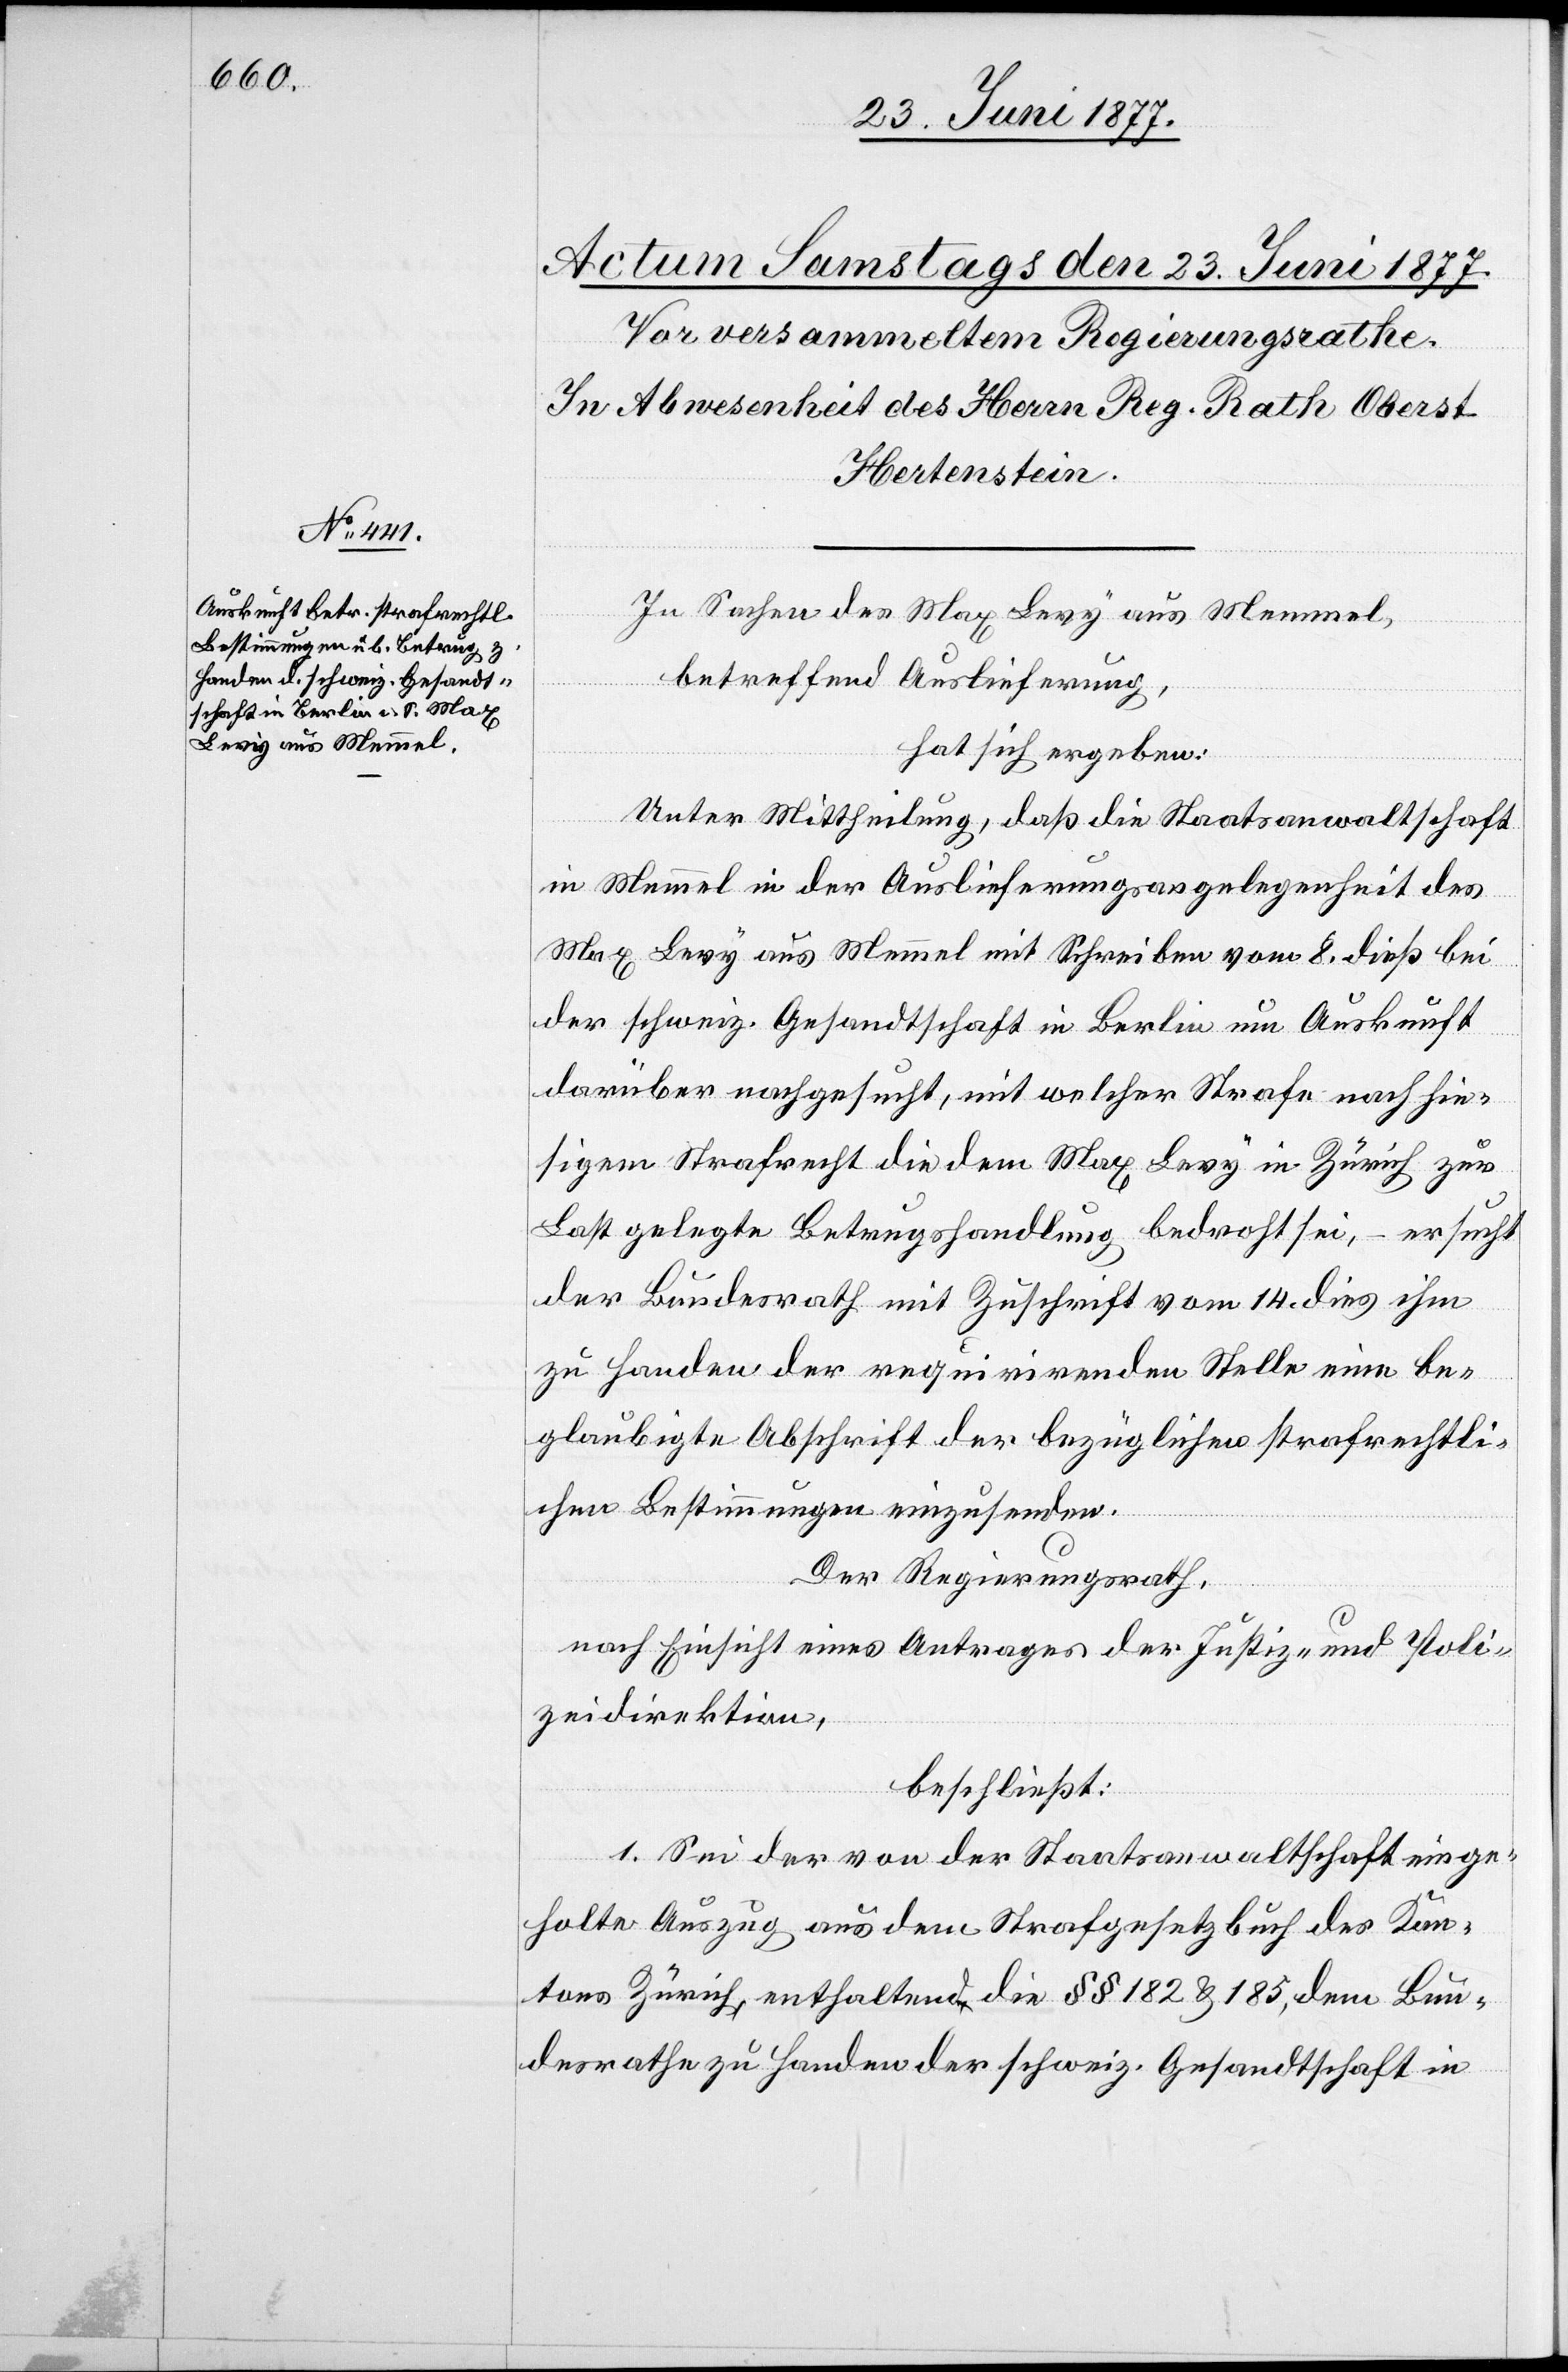
In Sachen des Max Levy aus Memmel,
betreffend Auslieferung,
hat sich ergeben:
Unter Mittheilung, daß die Staatsanwaltschaft
in Memmel in der Auslieferungsangelegenheit des
Max Levy aus Memmel mit Schreiben vom 8. Dieß bei
der schweiz. Gesandtschaft in Berlin um Auskunft
darüber nachsucht, mit welcher Strafe nach hie¬
sigem Strafrecht die dem Max Levy in Zürich zur
Last gelegte Betrugshandlung bedroht sei, – ersucht
der Bundesrath mit Zuschrift vom 14. dieß ihm
zu Handen der requirirenden Stelle eine be¬
glaubigte Abschrift der bezüglichen strafrechtli¬
chen Bestimmungen einzusenden.
Der Regierungsrath,
nach Einsicht eines Antrages der Justiz- und Poli¬
zeidirektion,
beschließt:
1. Sei der von der Staatsanwaltschaft einge¬
holte Einzug aus dem Strafgesetzbuch des Kan¬
tons Zürich, enthaltend die §§ 182 & 185, dem Bun¬
desrathe zu Handen der schweiz. Gesandtschaft in